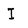
Character: I